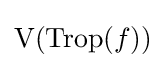
\mathrm {V} (\operatorname {Trop} (f))